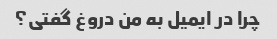
چرا در ایمیل به من دروغ گفتی؟